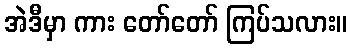
အဲဒီမှာ ကား တော်တော် ကြပ်သလား။